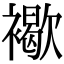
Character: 𧝽